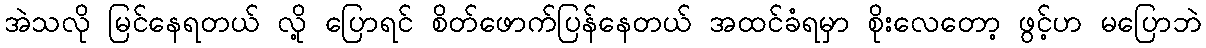
အဲသလို မြင်နေရတယ် လို့ ပြောရင် စိတ်ဖောက်ပြန်နေတယ် အထင်ခံရမှာ စိုးလေတော့ ဖွင့်ဟ မပြောဘဲ